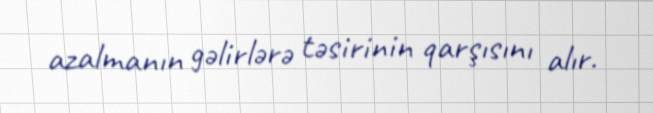
azalmanın gəlirlərə təsirinin qarşısını alır.